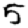
Digit: 5